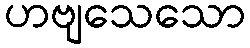
ဟဗျသေသော